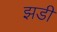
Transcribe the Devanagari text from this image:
झडी